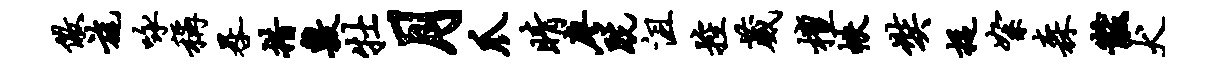
儆旄咏称晷措敷牡月爪睛廖跣沮控葳檀帙奘捉絮森黻犬